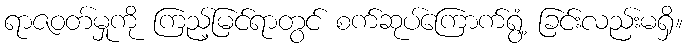
ရာဇဝတ်မှုကို ကြည့်မြင်ရာတွင် စက်ဆုပ်ကြောက်ရွံ့ ခြင်းလည်းမရှိ။